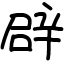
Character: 辟